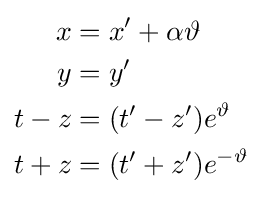
\scriptstyle {\begin{aligned}x&=x'+\alpha \vartheta \\y&=y'\\t-z&=(t'-z')e^{\vartheta }\\t+z&=(t'+z')e^{-\vartheta }\end{aligned}}